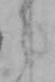
う